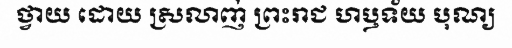
ថ្វាយ ដោយ ស្រលាញ់ ព្រះរាជ ហឫទ័យ បុណ្យ